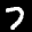
Label: 7